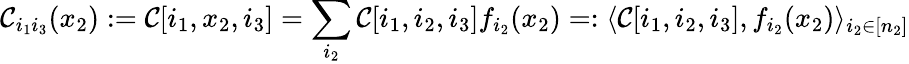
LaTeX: \mathcal{C}_{i_{1}i_{3}}(x_{2}):=\mathcal{C}[i_{1},x_{2},i_{3}]=\sum_{i_{2}}\mathcal{C}[i_{1},i_{2},i_{3}]f_{i_{2}}(x_{2})=:\langle\mathcal{C}[i_{1},i_{2},i_{3}],f_{i_{2}}(x_{2})\rangle_{i_{2}\in[n_{2}]}